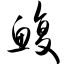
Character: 鳆